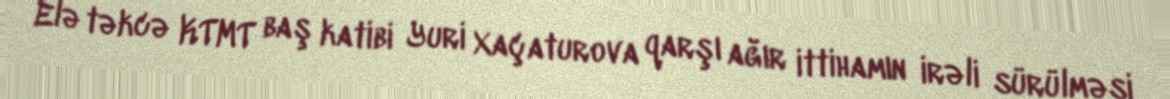
Elə təkcə KTMT baş katibi Yuri Xaçaturova qarşı ağır ittihamın irəli sürülməsi